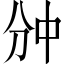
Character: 𫡇